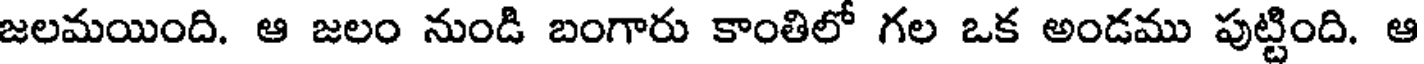
జలమయింది. ఆ జలం నుండి బంగారు కాంతిలో గల ఒక అండము పుట్టింది. ఆ